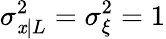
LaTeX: \sigma_{\mathit{x}|L}^{2}=\sigma_{\xi}^{2}=1